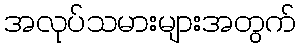
အလုပ်သမားများအတွက်